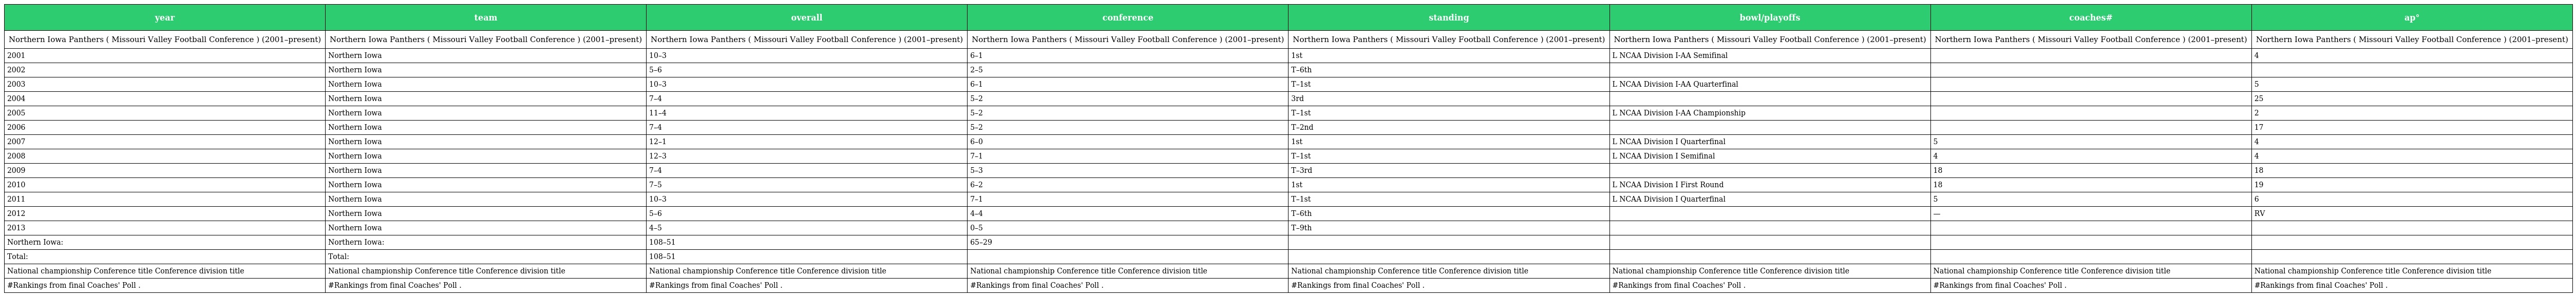
| year | team | overall | conference | standing | bowl/playoffs | coaches# | ap° |
 | --- | --- | --- | --- | --- | --- | --- | --- |
 | Northern Iowa Panthers ( Missouri Valley Football Conference ) (2001–present) | Northern Iowa Panthers ( Missouri Valley Football Conference ) (2001–present) | Northern Iowa Panthers ( Missouri Valley Football Conference ) (2001–present) | Northern Iowa Panthers ( Missouri Valley Football Conference ) (2001–present) | Northern Iowa Panthers ( Missouri Valley Football Conference ) (2001–present) | Northern Iowa Panthers ( Missouri Valley Football Conference ) (2001–present) | Northern Iowa Panthers ( Missouri Valley Football Conference ) (2001–present) | Northern Iowa Panthers ( Missouri Valley Football Conference ) (2001–present) |
 | 2001 | Northern Iowa | 10–3 | 6–1 | 1st | L NCAA Division I-AA Semifinal |  | 4 |
 | 2002 | Northern Iowa | 5–6 | 2–5 | T–6th |  |  |  |
 | 2003 | Northern Iowa | 10–3 | 6–1 | T–1st | L NCAA Division I-AA Quarterfinal |  | 5 |
 | 2004 | Northern Iowa | 7–4 | 5–2 | 3rd |  |  | 25 |
 | 2005 | Northern Iowa | 11–4 | 5–2 | T–1st | L NCAA Division I-AA Championship |  | 2 |
 | 2006 | Northern Iowa | 7–4 | 5–2 | T–2nd |  |  | 17 |
 | 2007 | Northern Iowa | 12–1 | 6–0 | 1st | L NCAA Division I Quarterfinal | 5 | 4 |
 | 2008 | Northern Iowa | 12–3 | 7–1 | T–1st | L NCAA Division I Semifinal | 4 | 4 |
 | 2009 | Northern Iowa | 7–4 | 5–3 | T–3rd |  | 18 | 18 |
 | 2010 | Northern Iowa | 7–5 | 6–2 | 1st | L NCAA Division I First Round | 18 | 19 |
 | 2011 | Northern Iowa | 10–3 | 7–1 | T–1st | L NCAA Division I Quarterfinal | 5 | 6 |
 | 2012 | Northern Iowa | 5–6 | 4–4 | T–6th |  | — | RV |
 | 2013 | Northern Iowa | 4–5 | 0–5 | T–9th |  |  |  |
 | Northern Iowa: | Northern Iowa: | 108–51 | 65–29 |  |  |  |  |
 | Total: | Total: | 108–51 |  |  |  |  |  |
 | National championship Conference title Conference division title | National championship Conference title Conference division title | National championship Conference title Conference division title | National championship Conference title Conference division title | National championship Conference title Conference division title | National championship Conference title Conference division title | National championship Conference title Conference division title | National championship Conference title Conference division title |
 | #Rankings from final Coaches' Poll . | #Rankings from final Coaches' Poll . | #Rankings from final Coaches' Poll . | #Rankings from final Coaches' Poll . | #Rankings from final Coaches' Poll . | #Rankings from final Coaches' Poll . | #Rankings from final Coaches' Poll . | #Rankings from final Coaches' Poll . |